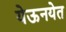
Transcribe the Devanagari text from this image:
येऊनयेत